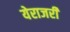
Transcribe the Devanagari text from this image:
येराजरी